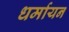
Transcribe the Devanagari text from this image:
धर्मायन